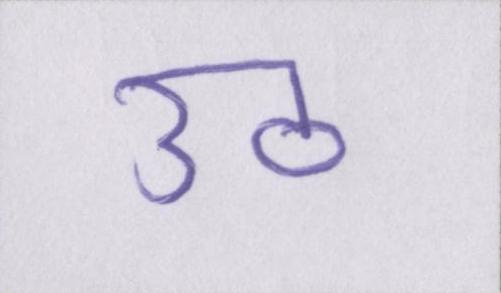
उठ